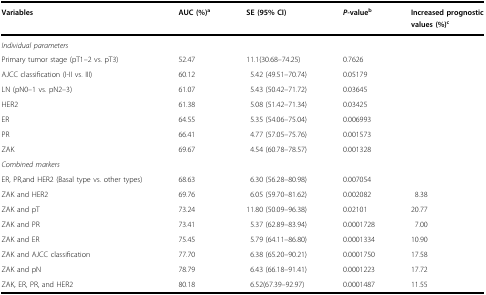
<table><thead><tr><td><b>Variables</b></td><td><b>AUC (%)<sup>a</sup></b></td><td><b>SE (95% CI)</b></td><td><b><i>P-</i>value<sup>b</sup></b></td><td><b>Increased prognostic values (%)<sup>c</sup></b></td></tr></thead><tbody><tr><td colspan="5"><i>Individual parameters</i></td></tr><tr><td>Primary tumor stage (pT1–2 vs. pT3)</td><td>52.47</td><td>11.1(30.68–74.25)</td><td>0.7626</td><td></td></tr><tr><td>AJCC classification (I-II vs. III)</td><td>60.12</td><td>5.42 (49.51–70.74)</td><td>0.05179</td><td></td></tr><tr><td>LN (pN0–1 vs. pN2–3)</td><td>61.07</td><td>5.43 (50.42–71.72)</td><td>0.03645</td><td></td></tr><tr><td>HER2</td><td>61.38</td><td>5.08 (51.42–71.34)</td><td>0.03425</td><td></td></tr><tr><td>ER</td><td>64.55</td><td>5.35 (54.06–75.04)</td><td>0.006993</td><td></td></tr><tr><td>PR</td><td>66.41</td><td>4.77 (57.05–75.76)</td><td>0.001573</td><td></td></tr><tr><td>ZAK</td><td>69.67</td><td>4.54 (60.78–78.57)</td><td>0.001328</td><td></td></tr><tr><td colspan="5"><i>Combined markers</i></td></tr><tr><td>ER, PR,and HER2 (Basal type vs. other types)</td><td>68.63</td><td>6.30 (56.28–80.98)</td><td>0.007054</td><td></td></tr><tr><td>ZAK and HER2</td><td>69.76</td><td>6.05 (59.70–81.62)</td><td>0.002082</td><td>8.38</td></tr><tr><td>ZAK and pT</td><td>73.24</td><td>11.80 (50.09–96.38)</td><td>0.02101</td><td>20.77</td></tr><tr><td>ZAK and PR</td><td>73.41</td><td>5.37 (62.89–83.94)</td><td>0.0001728</td><td>7.00</td></tr><tr><td>ZAK and ER</td><td>75.45</td><td>5.79 (64.11–86.80)</td><td>0.0001334</td><td>10.90</td></tr><tr><td>ZAK and AJCC classification</td><td>77.70</td><td>6.38 (65.20–90.21)</td><td>0.0001750</td><td>17.58</td></tr><tr><td>ZAK and pN</td><td>78.79</td><td>6.43 (66.18–91.41)</td><td>0.0001223</td><td>17.72</td></tr><tr><td>ZAK, ER, PR, and HER2</td><td>80.18</td><td>6.52(67.39–92.97)</td><td>0.0001487</td><td>11.55</td></tr></tbody></table>